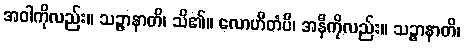
အဝါကိုလည်း။ သဉ္ဇာနာတိ၊ သိ၏။ လောဟိတံပိ၊ အနီကိုလည်း။ သဉ္ဇာနာတိ၊